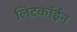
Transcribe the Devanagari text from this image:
लिटकॉईन